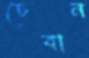
চেবান